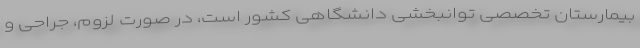
بیمارستان تخصصی توانبخشی دانشگاهی کشور است، در صورت لزوم، جراحی و